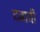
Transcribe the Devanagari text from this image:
दबावी